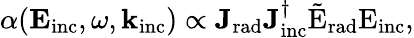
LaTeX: \alpha(\mathbf{E}_{\mathrm{{inc}}},\omega,\mathbf{k}_{\mathrm{{inc}}})\propto\mathbf{J_{\mathrm{{rad}}}}\mathbf{J_{\mathrm{{inc}}}^{\dagger}}\tilde{\mathrm{{E}}}_{\mathrm{{rad}}}\mathrm{{{E}}_{\mathrm{{inc}}},}